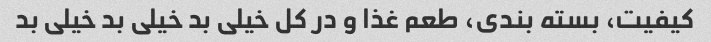
کیفیت، بسته بندی، طعم غذا و در کل خیلی بد خیلی بد خیلی بد